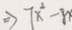
\rightarrow 7 x ^ { 2 } - 8 x